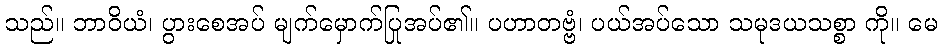
သည်။ ဘာဝိယံ၊ ပွားစေအပ် မျက်မှောက်ပြုအပ်၏။ ပဟာတဗ္ဗံ၊ ပယ်အပ်သော သမုဒယသစ္စာ ကို။ မေ